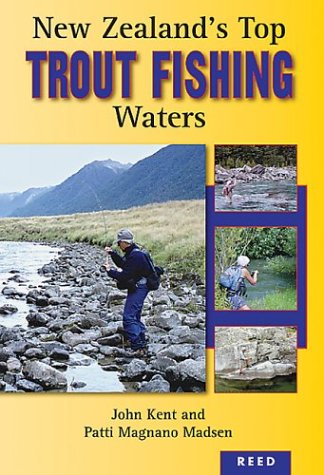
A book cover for New Zealand's Top Trout Fishing Waters: 2nd Edition; John Kent; Travel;